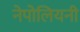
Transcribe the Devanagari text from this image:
नेपोलियनी